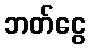
ဘတ်ငွေ